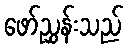
ဖော်ညွှန်းသည်